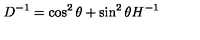
D ^ { - 1 } = \cos ^ { 2 } \theta + \sin ^ { 2 } \theta H ^ { - 1 }